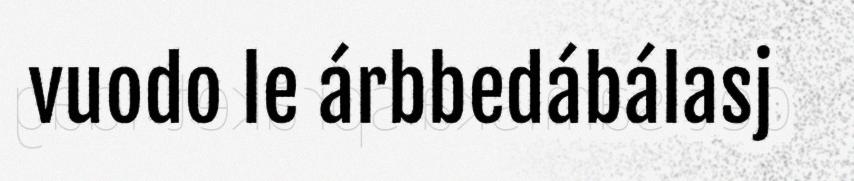
vuodo le árbbedábálasj